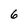
Character: 6